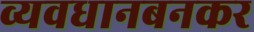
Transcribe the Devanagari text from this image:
व्यवधानबनकर